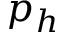
p _ { h }